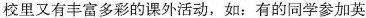
校里又有丰富多彩的课外活动，如：有的同学参加英